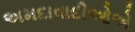
અમદાવાદીઓએ